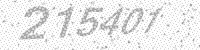
Solution: 215401